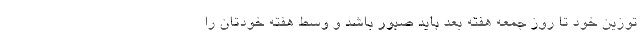
توزین خود تا روز جمعه هفته بعد باید صبور باشد و وسط هفته خودتان را